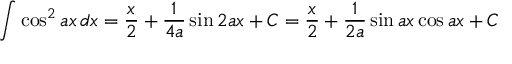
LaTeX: \int \cos ^ { 2 } { a x } \, d x = { \frac { x } { 2 } } + { \frac { 1 } { 4 a } } \sin 2 a x + C = { \frac { x } { 2 } } + { \frac { 1 } { 2 a } } \sin a x \cos a x + C